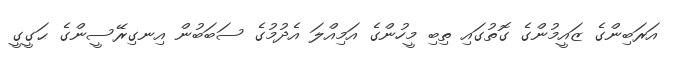
އަރަބިންގެ ޒައީމުންގެ ގޮތުގައި ތިބި މީހުންގެ އަމިއްލަ އެދުމުގެ ސަބަބުން އިނގިރޭސީންގެ ޙަގީގީ